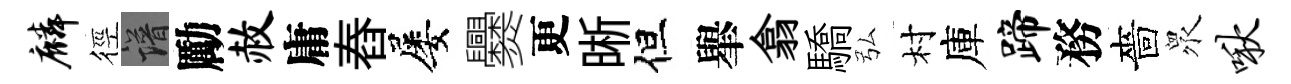
麟徑譜勵赦庸舂屡爨更晰但𦦙翕驕弘村庫蹄務嗇衆啾